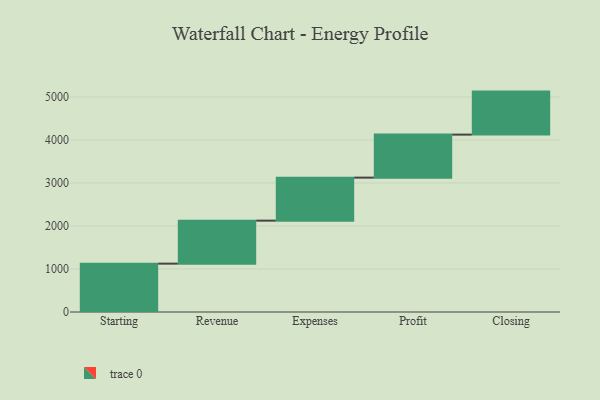
{"axis": {"x": "Step", "y": "Value"}, "legend": [""], "data": [{"x": "Starting", "y": 1124.0, "type": ""}, {"x": "Revenue", "y": 1000, "type": ""}, {"x": "Expenses", "y": 1000, "type": ""}, {"x": "Profit", "y": 1000, "type": ""}, {"x": "Closing", "y": 1000, "type": ""}]}